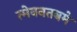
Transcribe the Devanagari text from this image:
त्मेवनतबमे